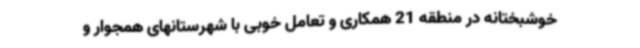
خوشبختانه در منطقه 21 همکاری و تعامل خوبی با شهرستانهای همجوار و